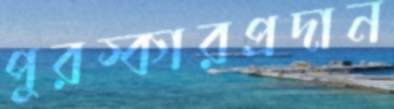
পুরস্কারপ্রদান